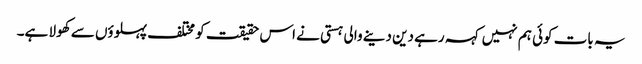
یہ بات کوئی ہم نہیں کہہ رہے دین دینے والی ہستی نے اس حقیقت کو مختلف پہلوؤں سے کھولا ہے۔